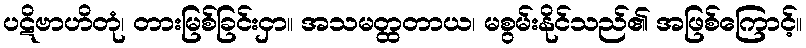
ပဋိဗာဟိတုံ၊ တားမြစ်ခြင်းငှာ။ အသမတ္ထတာယ၊ မစွမ်းနိုင်သည်၏ အဖြစ်ကြောင့်။